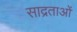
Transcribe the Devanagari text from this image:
साद्रताओं